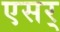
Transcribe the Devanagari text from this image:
एसर्